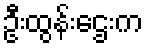
ဦးထွန်းဌေးက